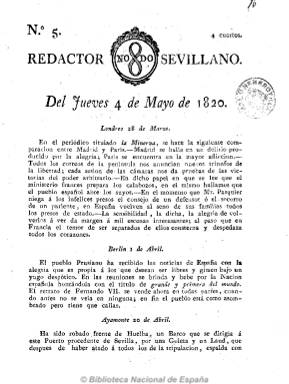
Título: Redactor sevillano
Colección: Periódicos anteriores a 1850
Ámbito geográfico: Sevilla
Lugar de publicación: Sevilla
Fechas: 04/05/1820-08/05/1820

Periódico curioso por cuanto no fue conocido en la historia del periodismo hispalense hasta que Francisco Aguilar Piñal dio cuenta de la existencia de seis números del mismo. En su cabecera se estampa el escudo de la ciudad (NO&DO) y tiene una estructura noticiosa, y además de insertar noticias de España, del extranjero y locales sobre los acontecimientos políticos del trienio liberal, incluye otros artículos comunicados y remitidos, algunos escritos con cierto sarcasmo. Su tendencia fue constitucionalista y liberal y fue crítico con las instituciones religiosas. Salió en números de cuatro páginas de la imprenta de Lopez, a partir del 20 de abril de 1820, y no debió tener larga vida.